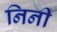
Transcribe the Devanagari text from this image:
निनी